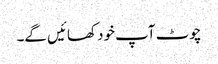
چوٹ آپ خود کھائیں گے۔